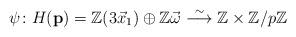
LaTeX: \begin{align*}\psi\colon H(\mathbf{p})=\mathbb{Z}(3\vec{x}_1)\oplus \mathbb{Z}\vec{\omega}\stackrel{\sim}\longrightarrow \mathbb{Z}\times \mathbb{Z}/{p\mathbb{Z}}\end{align*}